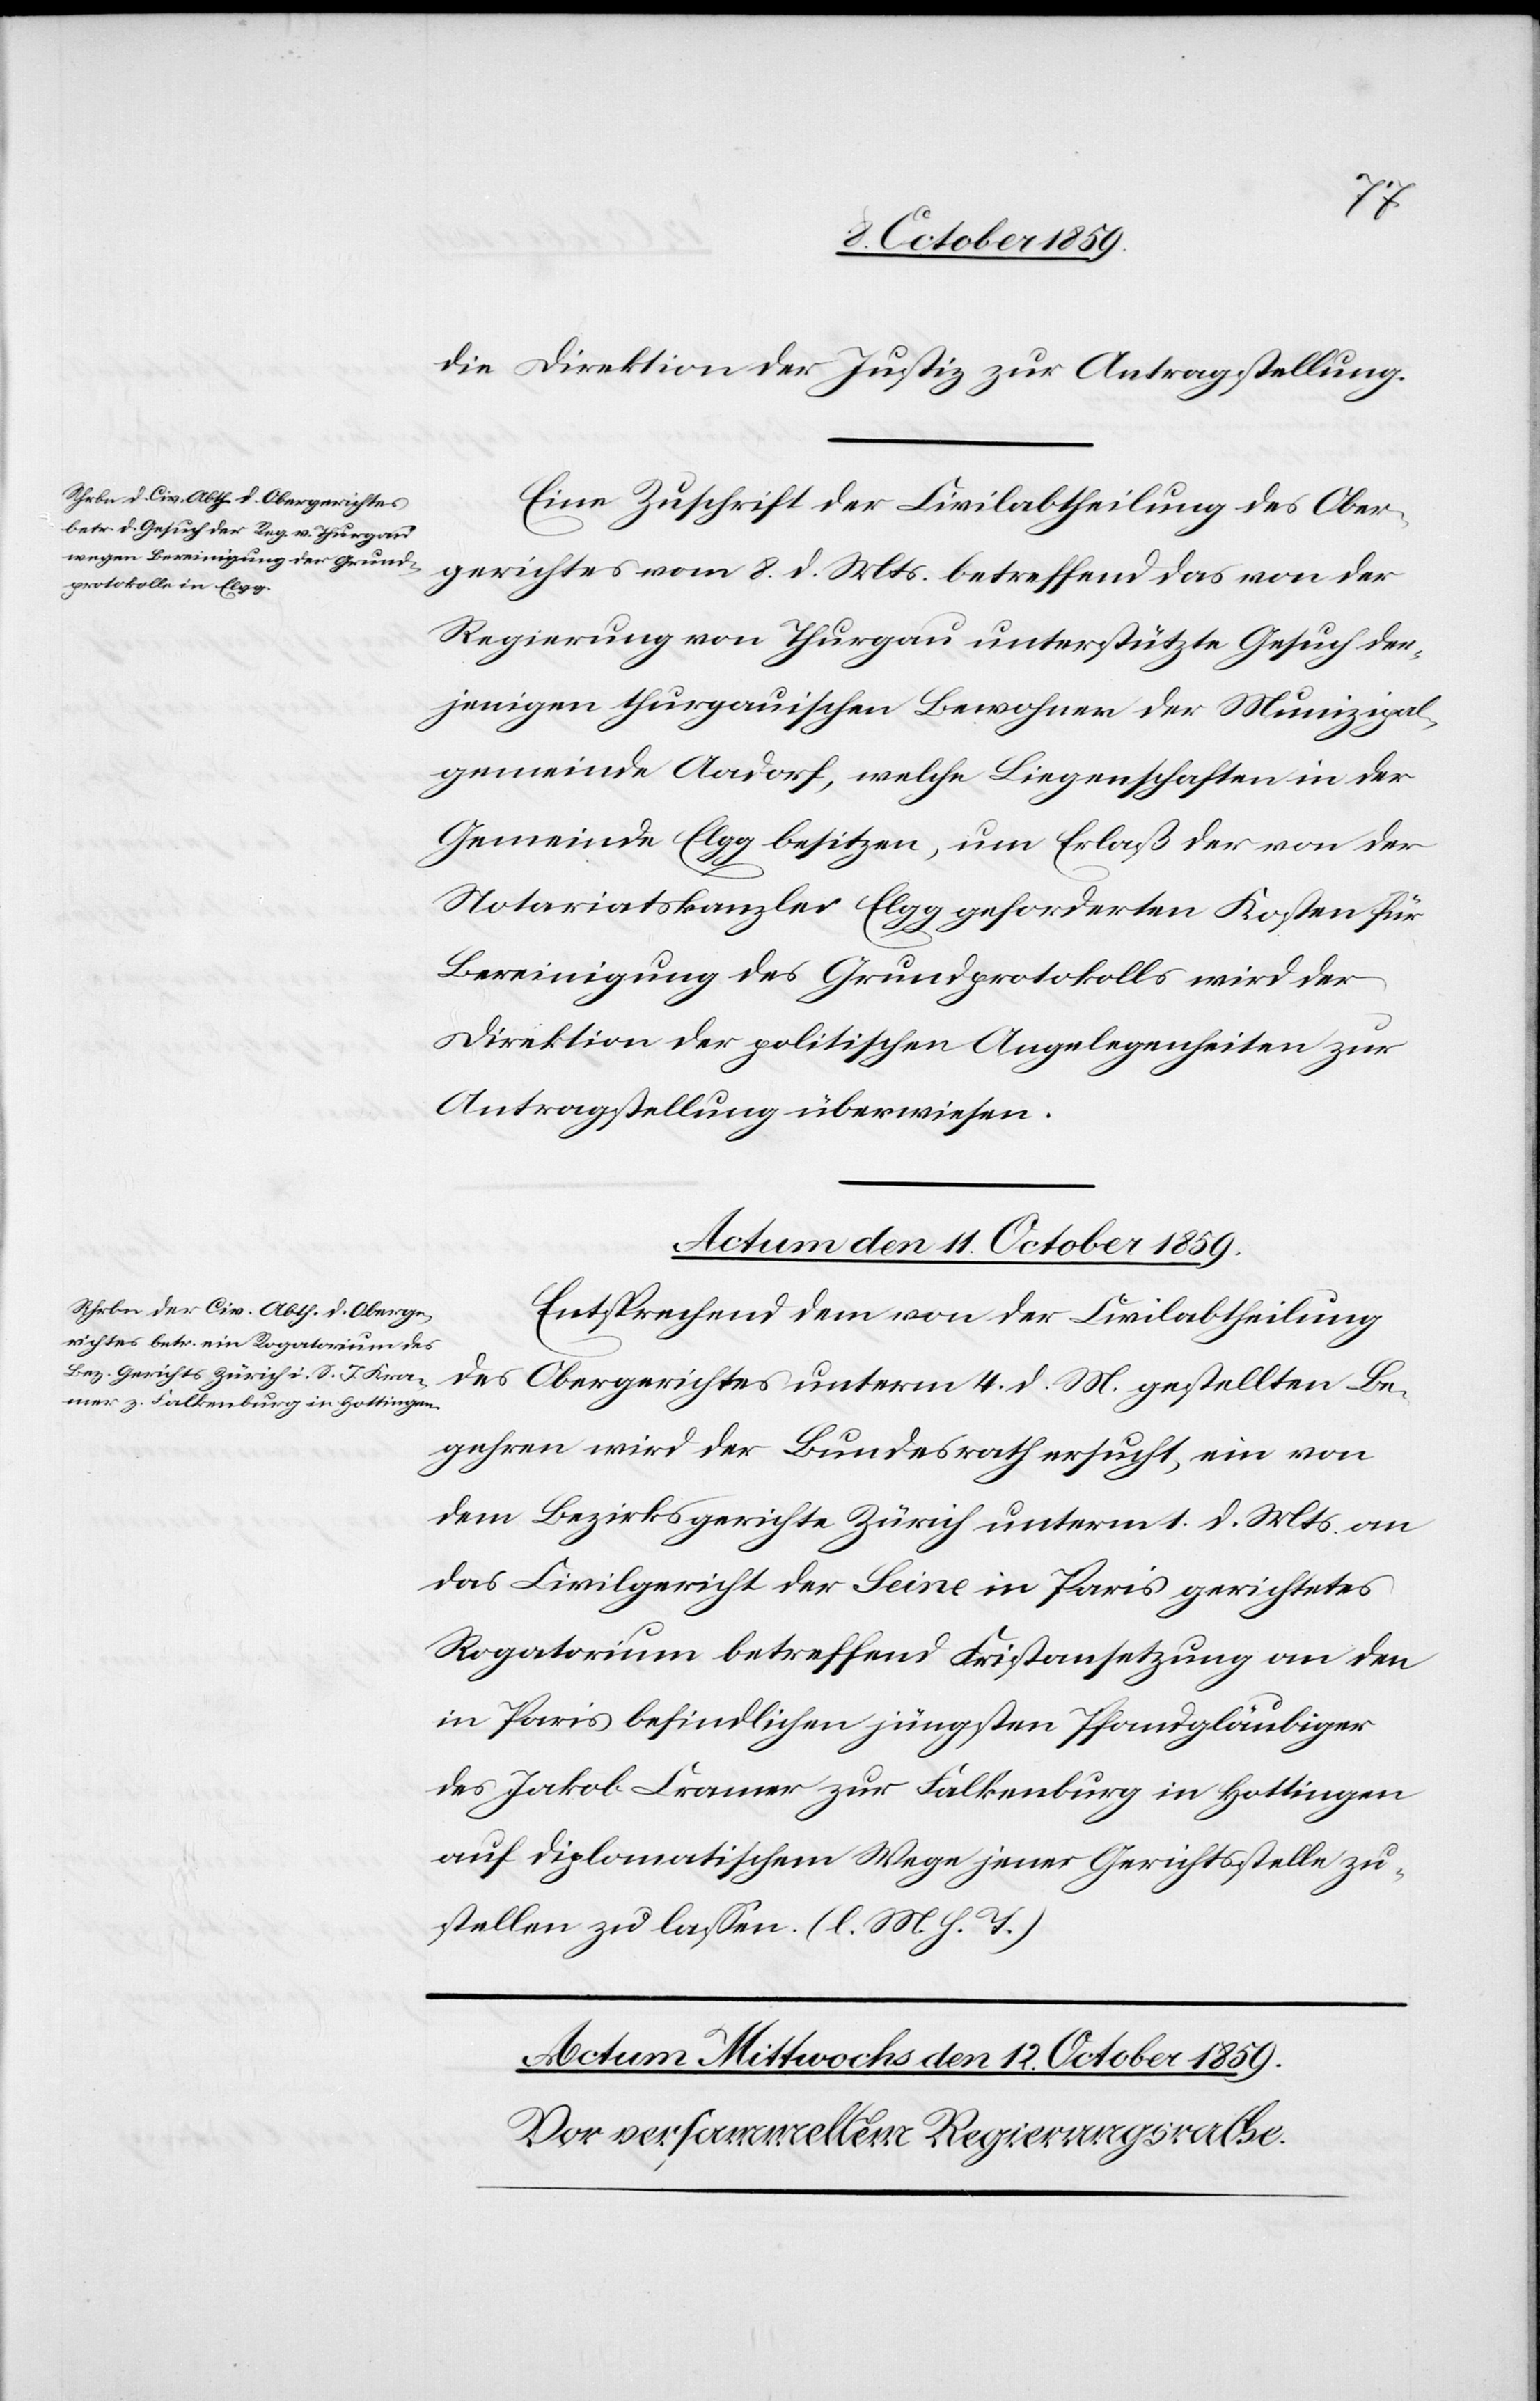
die Direktion der Justiz zur Antragstellung.
Eine Zuschrift der Civilabtheilung des Ober¬
gerichtes vom 8. d. Mts. betreffend das von der
Regierung von Thurgau unterstütze Gesuch der¬
jenigen thurgauischen Bewohner der Munizipal¬
gemeinde Aadorf, welche Liegenschaften in der
Gemeinde Elgg besitzen, um Erlaß der von der
Notariatskanzlei Elgg geforderten Kosten für
Bereinigung des Grundprotokolls wird der
Direktion der politischen Angelegenheiten zur
Antragstellung überwiesen.
Actum den 11. October 1859.
Entsprechend dem von der Civilabtheilung
des Obergerichtes unterm 4. d. Mts. gestellten Be¬
gehren wird der Bundesrath ersucht, ein von
dem Bezirksgerichte Zürich unterm 1. d. Mts. an
das Civilgericht der Seine in Paris gerichtetes
Rogatorium betreffend Fristensetzung an den
in Paris befindlichen jüngsten Pfandgläubiger
des Jakob Cramer [sic!] zur Falkenburg in Hottingen
auf diplomatischem Wege jener Gerichtsstelle zu¬
stellen zu lassen. (l. M. h. T.)